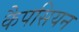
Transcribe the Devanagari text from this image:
कैपसियन